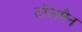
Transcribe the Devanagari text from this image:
टॉलमैन